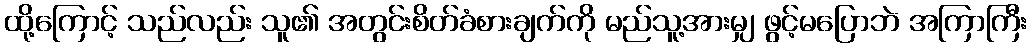
ထို့ကြောင့် သည်လည်း သူ၏ အတွင်းစိတ်ခံစားချက်ကို မည်သူ့အားမျှ ဖွင့်မပြောဘဲ အကြာကြီး